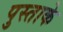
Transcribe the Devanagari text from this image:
पुस्ताके